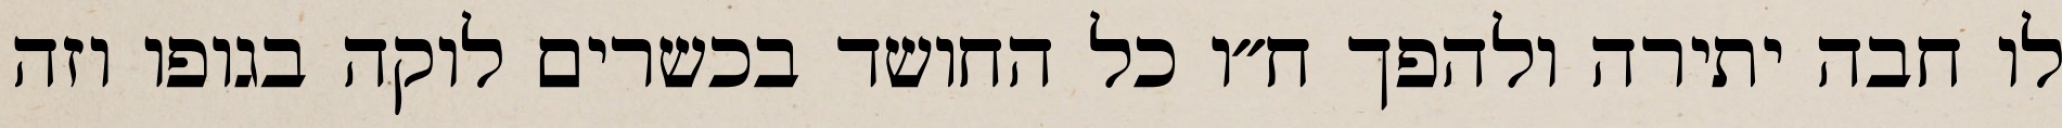
לו חבה יתירה ולהפך ח״ו כל החושד בכשרים לוקה בגופו וזה